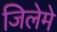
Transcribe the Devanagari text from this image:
जिलेमे